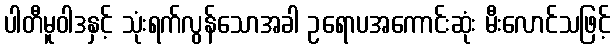
ပါတီမူဝါဒနှင့် သုံးရက်လွန်သောအခါ ဥရောပအကောင်းဆုံး မီးလောင်သဖြင့်